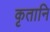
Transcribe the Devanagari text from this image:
कृतानि